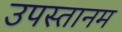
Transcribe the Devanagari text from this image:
उपस्तानम